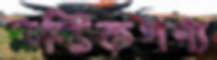
প্লাস্টিকপণ্য